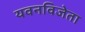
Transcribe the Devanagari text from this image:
यवनविजेता